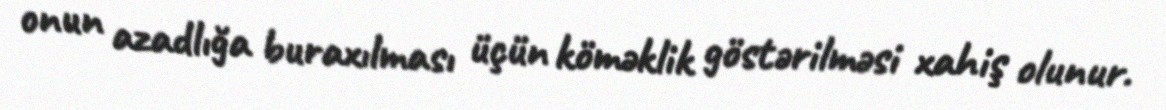
onun azadlığa buraxılması üçün köməklik göstərilməsi xahiş olunur.